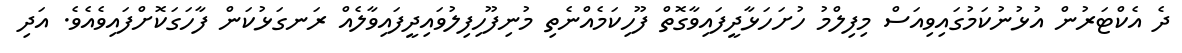
ދެ އެކްޓަރުން އުޅުނުކަމުގައިވިއަސް މިފިލްމު ހުށަހަޅާދީފައިވާގޮތް ފޫހިކަމެއްނެތި މުނިފޫހިފިލުވައިދީފައިވާލެއް ރަނގަޅުކަން ފާހަގަކޮށްފައިވެއެވެ. އަދި